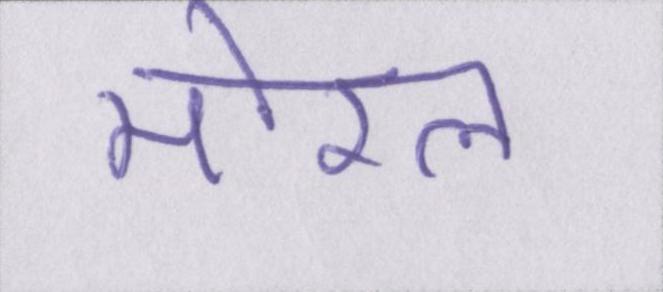
मोरल